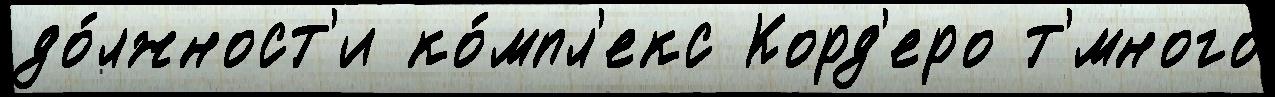
до́лжност'и ко́мпл'екс Корд'еро т'́много